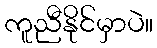
ကူညီနိုင်မှာပဲ။